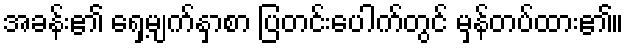
အခန်း၏ ရှေ့မျက်နှာစာ ပြတင်းပေါက်တွင် မှန်တပ်ထား၏။